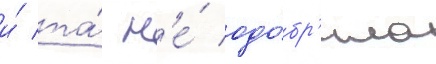
и́ та́ н'е́ одо́бр'ила